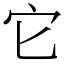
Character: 它